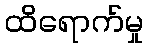
ထိရောက်မှု